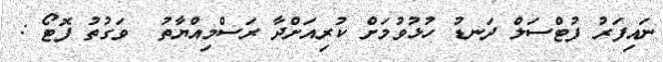
ނައިފަރު ފުޓްސަލް ދަނޑު ހުޅުވުމަށް ކުރިއަށްދާ ރަސްމިއްޔާތު  ވަގުތު ފޮޓޯ :